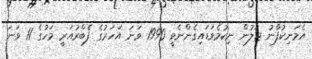
އެމަނިކުފާނު ޖަލުން ނިކުމެވަޑައިގެންނެވީ 1990 ވަނަ އަހަރުގެ ފެބްރުއަރީ މަހުގެ 11 ވަނަ